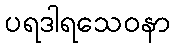
ပရဒါရသေဝနာ